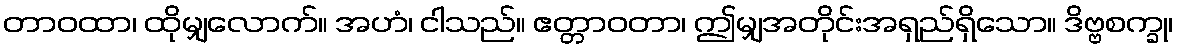
တာဝထာ၊ ထိုမျှလောက်။ အဟံ၊ ငါသည်။ ဧတ္တာဝတာ၊ ဤမျှအတိုင်းအရှည်ရှိသော။ ဒိဗ္ဗစက္ခု၊